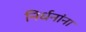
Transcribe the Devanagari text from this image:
निर्धनांना